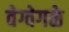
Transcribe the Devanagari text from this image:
वेग्वेगळे